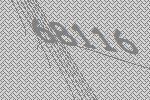
68116